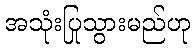
အသုံးပြုသွားမည်ဟု